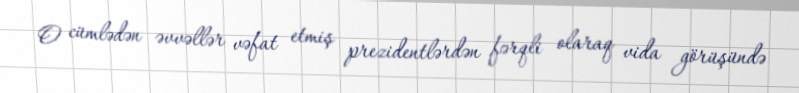
O cümlədən əvvəllər vəfat etmiş prezidentlərdən fərqli olaraq vida görüşündə